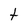
Character: t